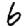
Digit: 6